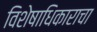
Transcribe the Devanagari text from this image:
विशेषाधिकाराचा